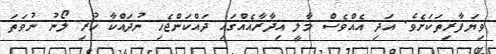
ވިޔަފާރިތަކަށެވެ. އަދި އެއްވެސް މާލީ އިދާރާއެއްގައި ދައްކަންޖެހި ނުދައްކާ ހުރި ލޯނު ނުވަތަ